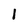
Character: 1